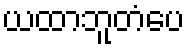
ယထာဘူတံပေ